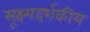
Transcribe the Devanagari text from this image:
सूक्ष्मदर्शकीय